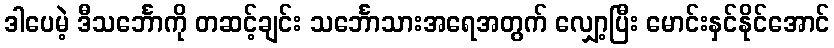
ဒါပေမဲ့ ဒီသင်္ဘောကို တဆင့်ချင်း သင်္ဘောသားအရေအတွက် လျှော့ပြီး မောင်းနှင်နိုင်အောင်